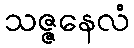
သဇ္ဇနေလံ